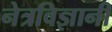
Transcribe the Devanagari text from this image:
नेत्रविज्ञानी